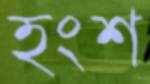
হংশ